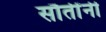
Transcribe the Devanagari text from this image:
सौतींनी